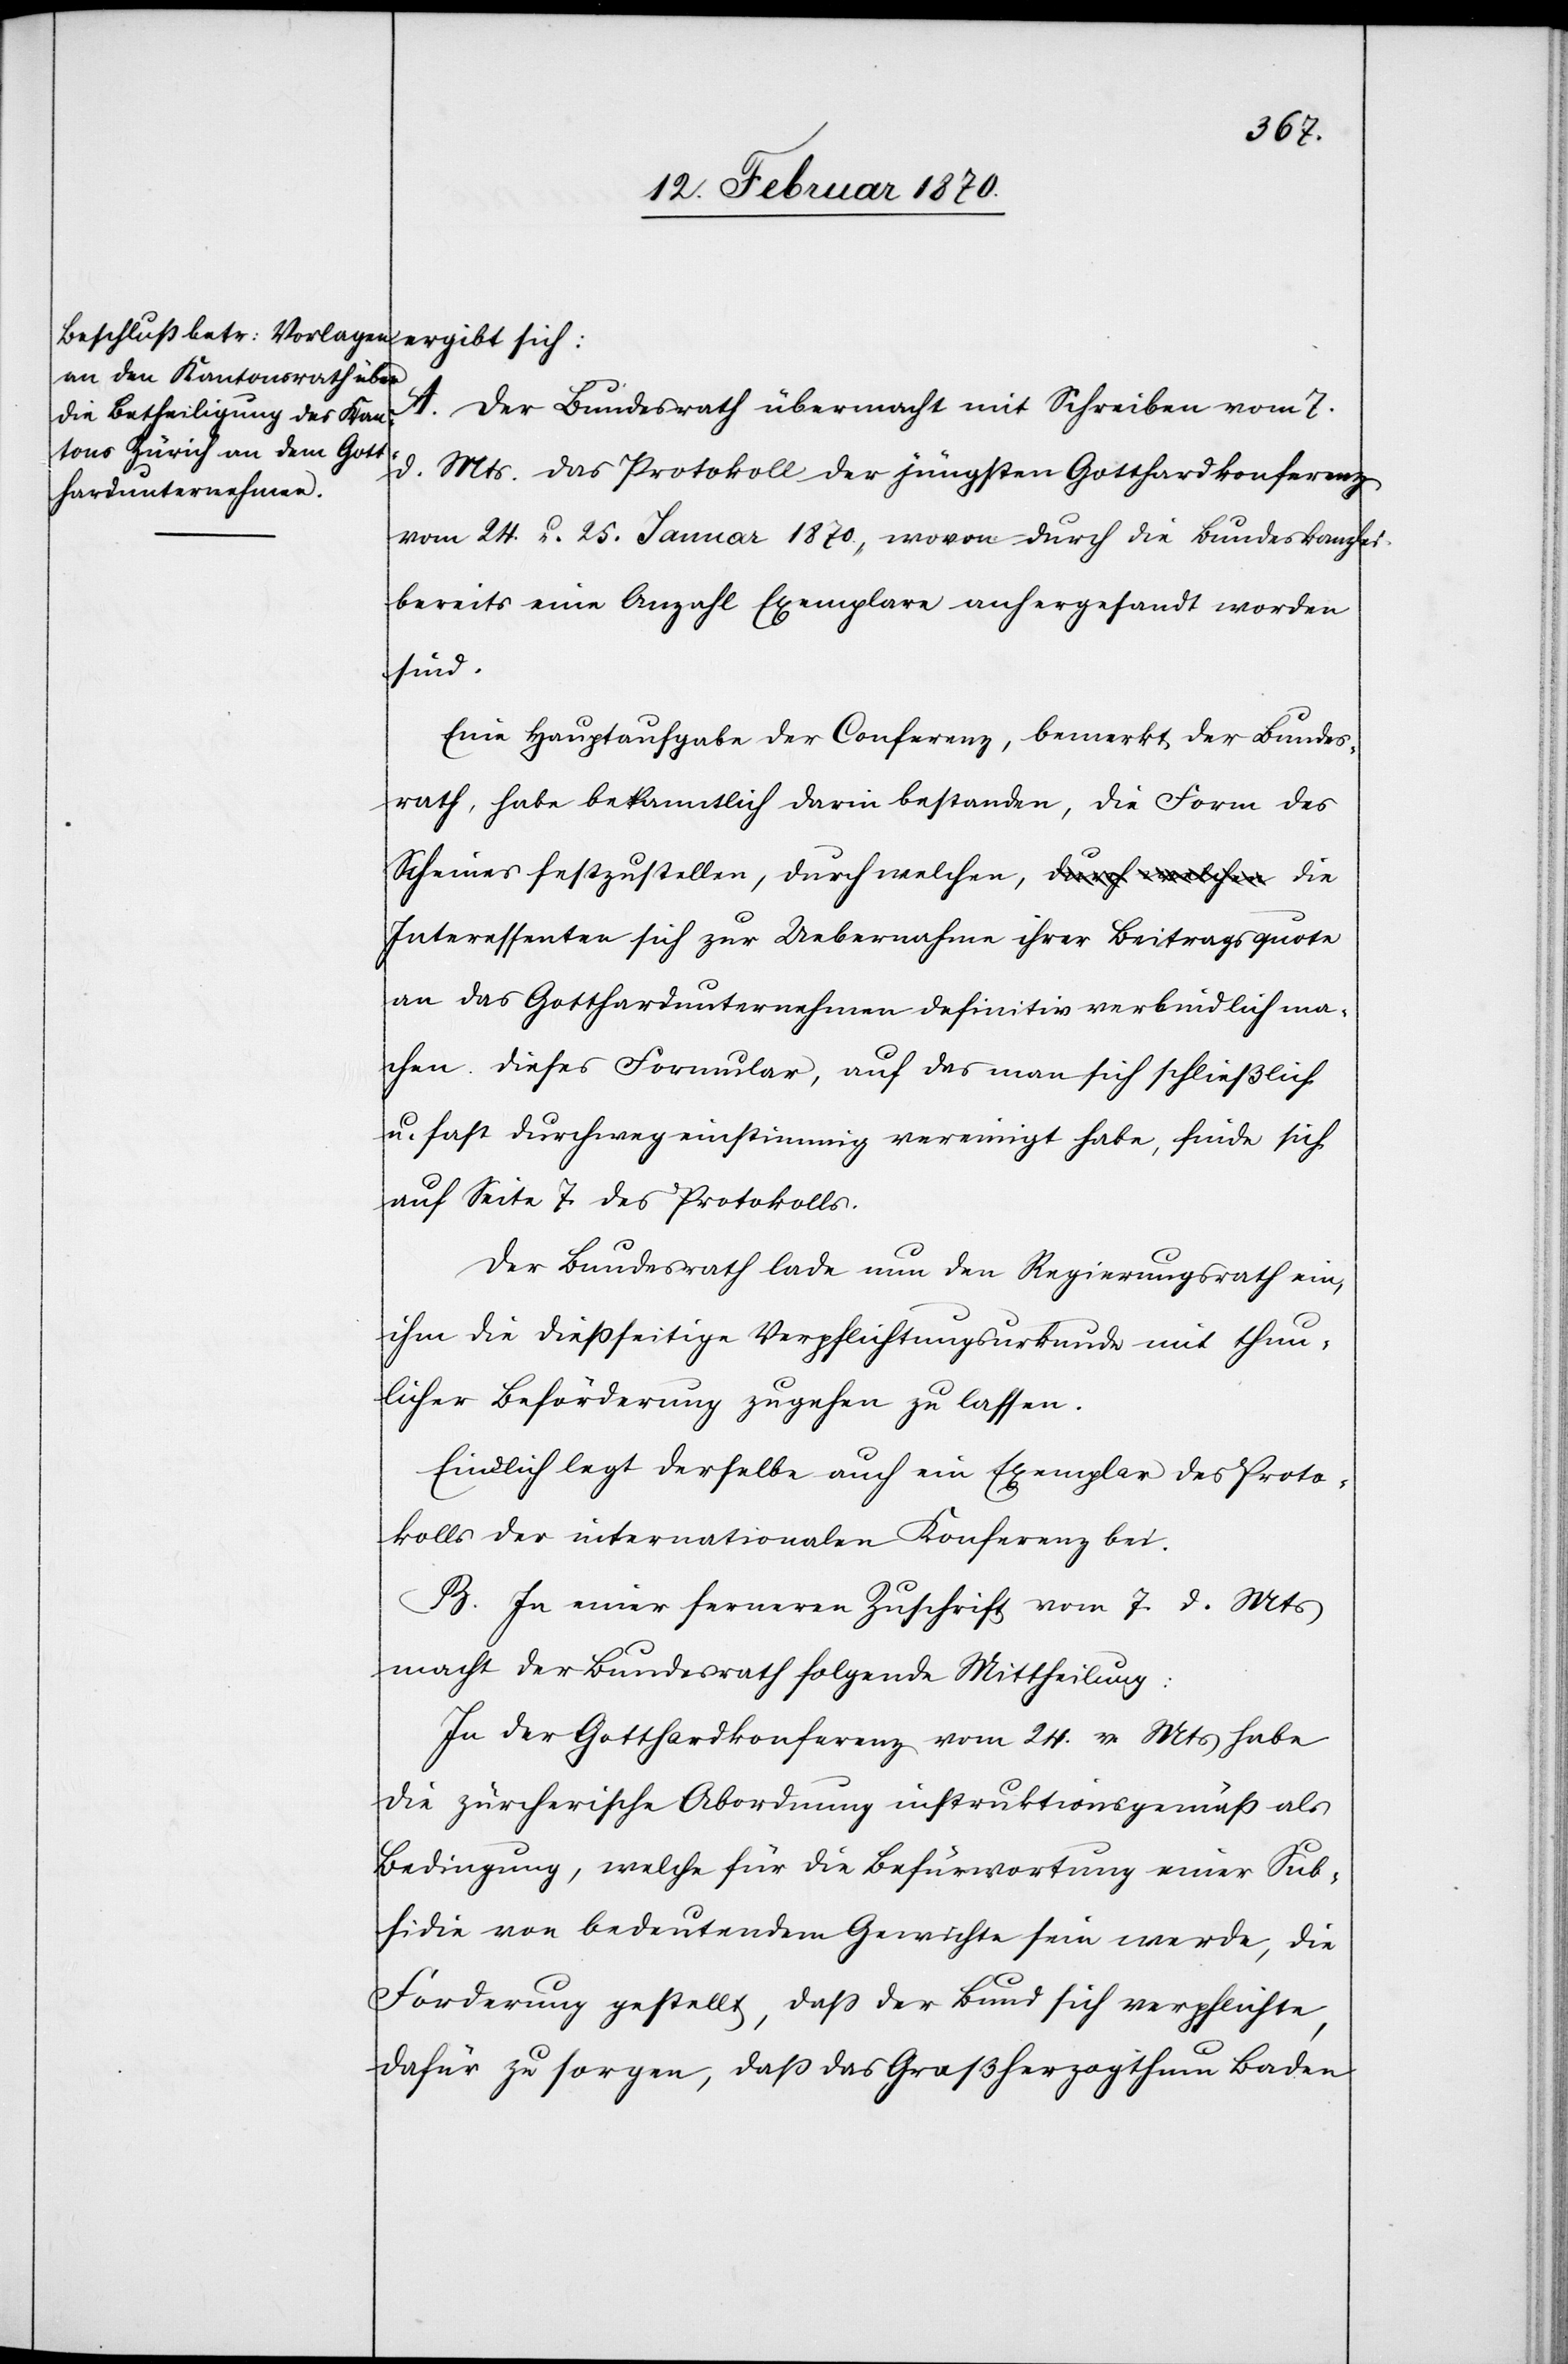
A. Der Bundesrath übermacht mit Schreiben vom 7.
d. Mts. das Protokoll der jüngsten Gotthardkonferenz
vom 24. u. 25. Januar 1870., wovon durch die Bundeskanzlei
bereits eine Anzahl Exemplare anhergesandt worden
sind.
Eine Hauptaufgabe der Conferenz, bemerkt der Bundes¬
rath, habe bekanntlich darin bestanden, die Form des
Scheines festzustellen, durch welchen, die
Interessenten sich zur Uebernahme ihrer Beitragsquote
an das Gotthardunternehmen definitiv verbindlich ma¬
chen. Dieses Formular, auf das man sich schließlich
u. fast durchweg einstimmig vereinigt habe, finde sich
auf Seite 7. des Protokolls.
Der Bundesrath lade nun den Regierungsrath ein,
ihm die dießseitige Verpflichtungsurkunde mit thun¬
licher Beförderung zugehen zu lassen.
Endlich legt derselbe auch ein Exemplar des Proto¬
kolls der internationalen Konferenz bei.
B. In einer ferneren Zuschrift vom 7. d. Mts
macht der Bundesrath folgende Mittheilung:
In der Gotthardkonferenz vom 24. v. Mts habe
die zürcherische Abordnung instruktionsgemäß als
Bedingung, welche für die Befürwortung einer Sub¬
sidie von bedeutendem Gewichte sein werde, die
Forderung gestellt, dass der Bund sich verpflichte,
dafür zu sorgen, daß das Großherzogthum Baden